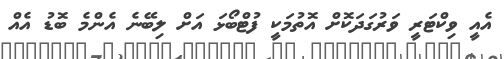
އެއީ ވިކްޓަރީ ވަރުގަދަކޮށް އޮތުމަކީ ފުޓްބޯޅަ އަށް ލިބޭނެ އެންމެ ބޮޑު އެއް